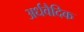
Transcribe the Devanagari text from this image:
अर्धवैदिक